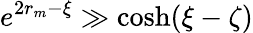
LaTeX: e^{2r_{m}-\xi}\gg\cosh(\xi-\zeta)